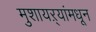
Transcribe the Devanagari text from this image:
मुशायऱ्यांमधून